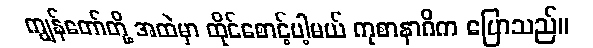
ကျွန်တော်တို့ အထဲမှာ ထိုင်စောင့်ပါ့မယ် ကုစာနာဂိက ပြောသည်။